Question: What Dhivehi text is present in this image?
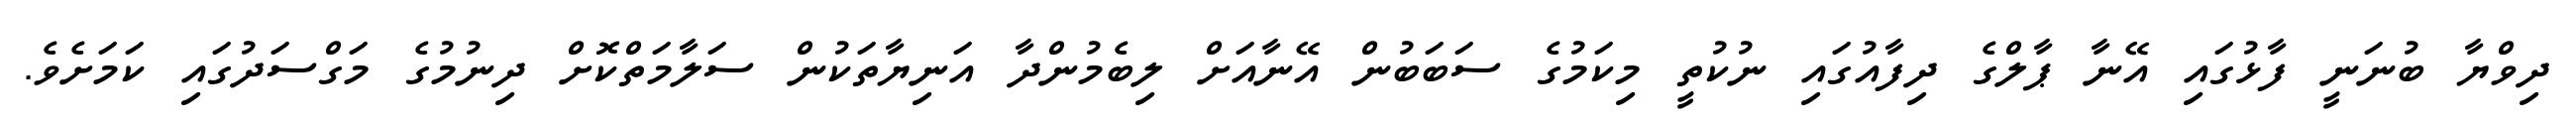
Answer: ދިވްޔާ ބުނަނީ ފާޅުގައި އޭނާ ޕާލްގެ ދިފާއުގައި ނުކުތީ މިކަމުގެ ސަބަބުން އޭނާއަށް ލިބެމުންދާ އަނިޔާތަކުން ސަލާމަތްކޮށް ދިނުމުގެ މަގްސަދުގައި ކަމަށެވެ.